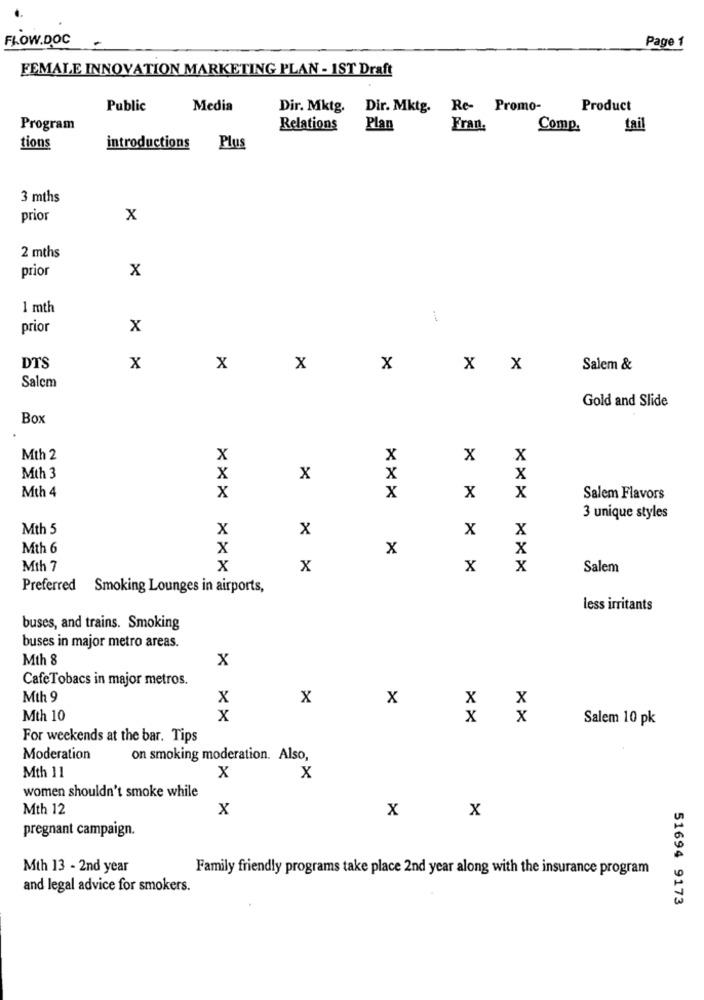
FLOW.DOC
Page 1
FEMALE INNOVATION MARKETING PLAN - 1ST Draft
Public
Media
Dir. Mktg.
Dir. Mktg.
Re- Promo-
Product
Program
Relations
Plan
Fran.
Comp.
tail
tions
introductions Plus
3 mths
prior
x
2 mths
prior
x
1 mth
prior
X
DTS
X
X
x
x
X
X
Salem &
Salcm
Gold and Slide
Box
Mth 2
X
X
x
x
Mth 3
x
x
X
X
Mth 4
X
x
X
x
Salem Flavors
3 unique styles
Mth 5
X
X
X
X
Mth 6
X
x
X
Mth 7
X
X
x
x
Salem
Preferred Smoking Lounges in airports,
less irritants
buses, and trains. Smoking
buses in major metro areas.
Mth 8
X
CafeTobacs in major metros.
Mth 9
X
X
x
X
X
Mth 10
X
X
X
Salem 10 pk
For weekends at the bar. Tips
Moderation
on smoking moderation. Also,
X
Mth 11
X
women shouldn't smoke while
Mth 12
X
X
x
pregnant campaign.
Mth 13 - 2nd year
Family friendly programs take place 2nd year along with the insurance program
and legal advice for smokers.
51694 9173